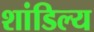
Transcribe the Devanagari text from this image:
शांडिल्‍य